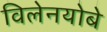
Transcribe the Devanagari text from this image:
विलेनयोबे